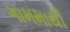
ગામમાથી